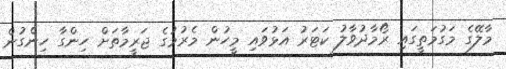
މާލޭގެ މަގުމަތީގައި ރޯމާދުވާލު ކަޓަރު އަޅުވައި މީހުން މެރުމުގެ ޖަރީމާތަށް ހިންގާ ހިންގުން